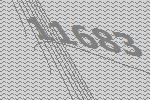
11683